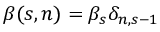
\beta ( s , n ) = \beta _ { s } \delta _ { n , s - 1 }